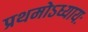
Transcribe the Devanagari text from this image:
प्रथमोऽध्यायः